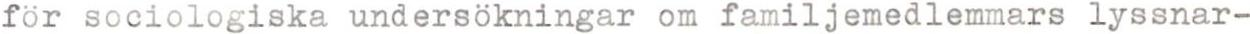
for sociologiska undersökningar om familjemedlemmars lyssnar-